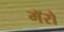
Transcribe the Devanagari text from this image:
मॅरो